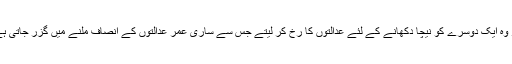
اور وہ ایک دوسرے کو نیچا دکھانے کے لئے عدالتوں کا رخ کر لیتے جس سے ساری عمر عدالتوں کے انصاف ملنے میں گزر جاتی ہے ۔